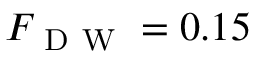
F _ { \mathrm { ~ D ~ W ~ } } = 0 . 1 5